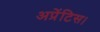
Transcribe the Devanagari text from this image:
अप्रेंटिस।